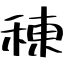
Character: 𫞸